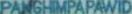
PANGHIMPAPAWID